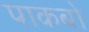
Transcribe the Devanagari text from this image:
पाकबो